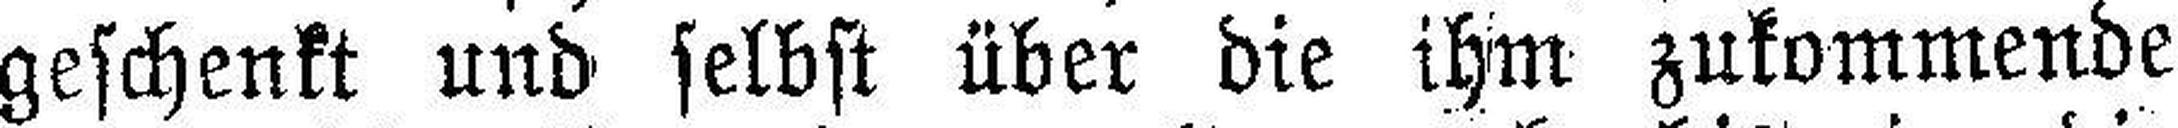
geschenkt und selbst über die ihm zukommende